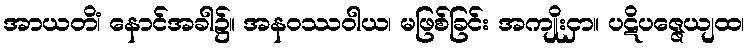
အာယတိံ၊ နောင်အခါ၌။ အနဝဿဝါယ၊ မဖြစ်ခြင်း အကျိုးငှာ။ ပဋိပဇ္ဇေယျထ၊